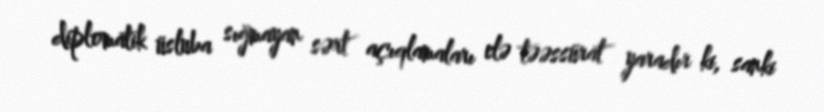
diplomatik üsluba sığmayan sərt açıqlamaları elə təəssürat yaradır ki, sanki